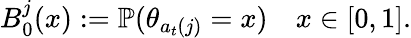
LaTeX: B_{0}^{j}(x):=\mathbb{P}(\theta_{a_{t}(j)}=x)\quad x\in[0,1].